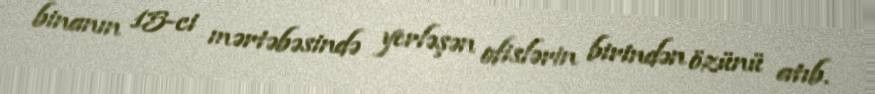
binanın 15-ci mərtəbəsində yerləşən ofislərin birindən özünü atıb.